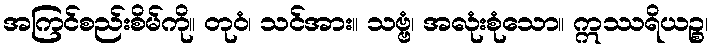
အကြင်စည်းစိမ်ကို။ တုဝံ၊ သင်အား။ သဗ္ဗံ၊ အလုံးစုံသော။ ဣဿရိယဉ္စ၊